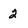
Character: 2